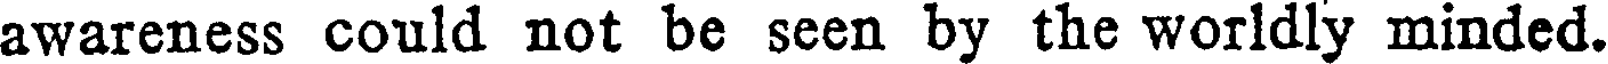
awareness could not be seen by the worldly minded.